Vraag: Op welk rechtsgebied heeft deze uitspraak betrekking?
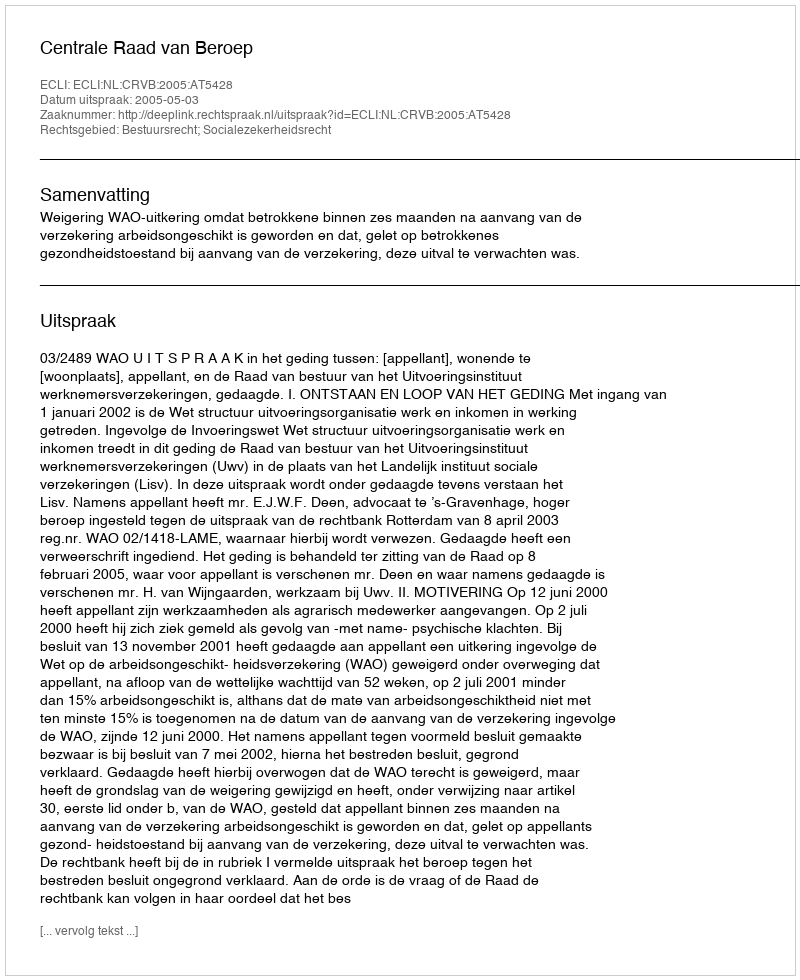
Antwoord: Bestuursrecht; Socialezekerheidsrecht